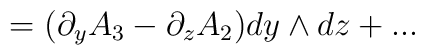
= (\partial_y A_3 -\partial_z A_2 ) dy\wedge dz +...